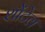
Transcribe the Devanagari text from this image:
शोंटेल